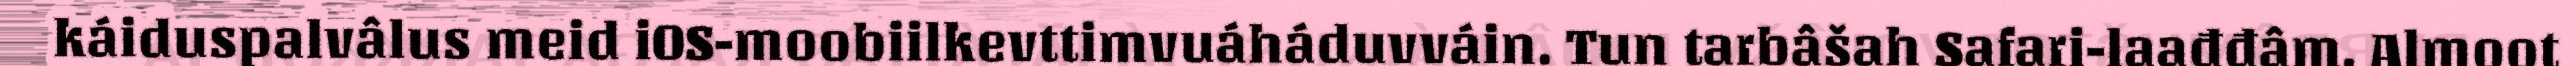
káiduspalvâlus meid iOS-moobiilkevttimvuáháduvváin. Tun tarbâšah Safari-laađđâm. Almoot